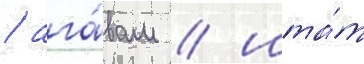
/ ага́вам / шта́т